Sanitation, dispensaries and jails vaccination Rajputana 1922-1927 - 1922-1927
Year: 1922
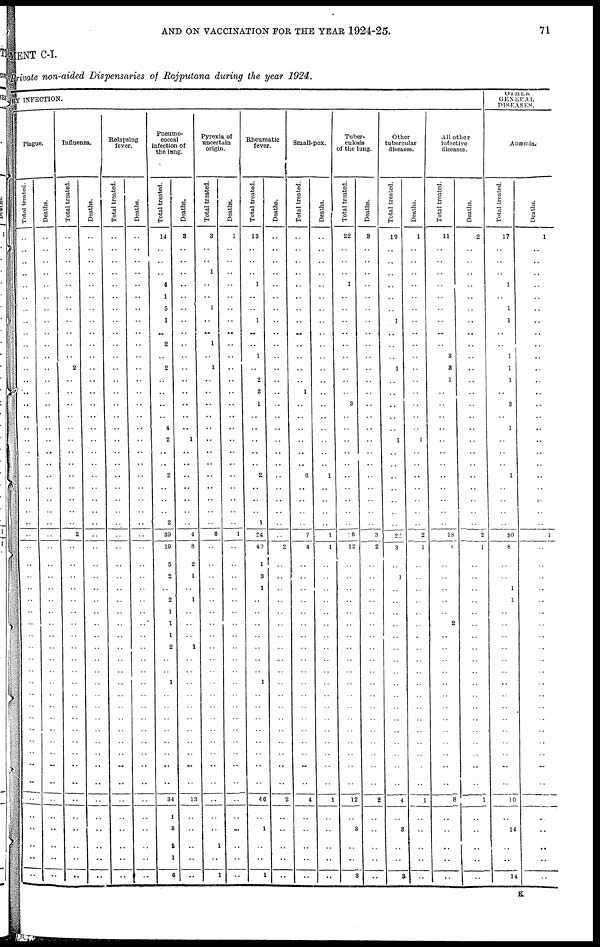
AND ON VACCINATION FOR THE YEAR 1924-25.
71
MENT C-I.
Private non-aided Dispensaries of Rajputana during the year 1924.
By INFECTION.
Plague.
Total treated.
..
..
..
..
..
..
..
..
..
..
..
..
..
..
..
..
..
..
..
..
..
..
..
..
..
..
..
..
..
..
..
..
..
..
..
..
..
..
..
..
..
..
..
..
..
..
..
..
..
..
..
..
Deaths.
..
..
..
..
..
..
..
..
..
..
..
..
..
..
..
..
..
..
..
..
..
..
..
..
..
..
..
..
..
..
..
..
..
..
..
..
..
..
..
..
..
..
..
..
..
..
..
..
..
..
..
..
Influenza.
Total treated.
..
..
..
..
..
..
..
..
..
..
..
2
..
..
..
..
..
..
..
..
..
..
..
..
..
2
..
..
..
..
..
..
..
..
..
..
..
..
..
..
..
..
..
..
..
..
..
..
..
..
..
..
Deaths.
..
..
..
..
..
..
..
..
..
..
..
..
..
..
..
..
..
..
..
..
..
..
..
..
..
..
..
..
..
..
..
..
..
..
..
..
..
..
..
..
..
..
..
..
..
..
..
..
..
..
..
..
Relapsing
fever.
Total treated.
..
..
..
..
..
..
..
..
..
..
..
..
..
..
..
..
..
..
..
..
..
..
..
....
..
..
..
..
..
..
..
..
..
..
..
..
..
..
..
..
..
..
..
..
..
..
..
..
..
..
..
..
Deaths.
..
..
..
..
..
..
..
..
..
..
..
..
..
..
..
..
..
..
..
..
..
..
..
..
..
..
..
..
..
..
..
..
..
..
..
..
..
..
..
..
..
..
..
..
..
..
..
..
..
..
..
..
Pneumo¬
coccal
infection of
the lung.
Total treated.
14
..
..
..
4
1
5
1
..
2
..
2
..
..
..
..
4
2
..
..
2
..
..
..
2
39
19
5
2
..
2
1
1
1
2
..
..
1
..
..
..
..
..
..
..
..
34
1
3
2
1
6
Deaths.
3
..
..
..
..
..
..
..
..
..
..
..
..
..
..
..
..
1
..
..
..
..
..
..
..
4
8
2
1
..
1
..
..
..
1
..
..
..
..
..
..
..
..
..
..
..
13
..
..
..
..
..
Pyrexia of
uncertain
origin.
Total treated.
3
..
..
1
..
..
1
..
..
1
..
1
..
..
..
..
..
..
..
..
..
..
..
..
..
6
..
..
..
..
..
..
..
..
..
..
..
..
..
..
..
..
..
..
..
..
..
..
..
1
..
1
Deaths.
1
..
..
..
..
..
..
..
..
..
..
..
..
..
..
..
..
..
..
..
..
..
..
..
..
1
..
..
..
..
..
..
..
..
..
..
..
..
..
..
..
..
..
..
..
..
..
..
..
..
..
..
Rheumatic
fever.
Total treated.
13
..
..
..
1
..
..
1
..
..
1
..
2
2
1
..
..
..
..
..
2
..
..
..
1
24
40
1
3
1
..
..
..
..
..
..
..
1
..
..
..
..
..
..
..
..
46
..
1
..
..
1
Deaths.
..
..
..
..
..
..
..
..
..
..
..
..
..
..
..
..
..
..
..
..
..
..
..
..
..
..
2
..
..
..
..
..
..
..
..
..
..
..
..
..
..
..
..
..
..
..
2
..
..
..
..
..
Small-pox.
Total treated.
..
..
..
..
..
..
..
..
..
..
..
..
..
1
..
..
..
..
..
..
6
..
..
..
..
7
4
..
..
..
..
..
..
..
..
..
..
..
..
..
..
..
..
..
..
..
4
..
..
..
..
..
Deaths.
..
..
..
..
..
..
..
..
..
..
..
..
..
..
..
..
..
..
..
..
1
..
..
..
..
1
1
..
..
..
..
..
..
..
..
..
..
..
..
..
..
..
..
..
..
..
1
..
..
..
..
..
Tuber-
culosis
of the lung.
Total treated.
22
..
..
..
1
..
..
..
..
..
..
..
..
..
3
..
..
..
..
..
..
..
..
..
..
16
12
..
..
..
..
..
..
..
..
..
..
..
..
..
..
..
..
..
..
..
12
..
3
..
..
3
Deaths.
3
..
..
..
..
..
..
..
..
..
..
..
..
..
..
..
..
..
..
..
..
..
..
..
..
3
2
..
..
..
..
..
..
..
..
..
..
..
..
..
..
..
..
..
..
..
2
..
..
..
..
..
Other
tubercular
diseases.
Total treated.
10
..
..
..
..
..
..
1
..
..
..
1
..
..
..
..
..
1
..
..
..
..
..
..
..
22
3
..
1
..
..
..
..
..
..
..
..
..
..
..
..
..
..
..
..
..
4
..
3
..
..
3
Deaths.
1
..
..
..
..
..
..
..
..
..
..
..
..
..
..
..
..
1
..
..
..
..
..
..
..
2
1
..
..
..
..
..
..
..
..
..
..
..
..
..
..
..
..
..
..
..
1
..
..
..
..
..
All other
infective
diseases.
Total treated.
11
..
..
..
..
..
..
..
..
..
3
3
1
..
..
..
..
..
..
..
..
..
..
..
..
18
0
..
..
..
..
..
2
..
..
..
..
..
..
..
..
..
..
..
..
..
8
..
..
..
..
..
Deaths.
2
..
..
..
..
..
..
..
..
..
..
..
..
..
..
..
..
..
..
..
..
..
..
..
..
2
1
..
..
..
..
..
..
..
..
..
..
..
..
..
..
..
..
..
..
..
1
..
..
..
..
..
OTHER
GENERAL
DISEASES.
Anæmia.
Total treated.
17
..
..
..
1
..
1
1
..
..
1
1
3
..
3
..
1
..
..
..
1
..
..
..
..
30
8
..
..
1
1
..
..
..
..
..
..
..
..
..
..
..
..
..
..
..
10
..
14
..
..
14
Deaths.
1
..
..
..
..
..
..
..
..
..
..
..
..
..
..
..
..
..
..
..
..
..
..
..
..
1
..
..
..
..
..
..
..
..
..
..
..
..
..
..
..
..
..
..
..
..
..
..
..
..
..
..
K